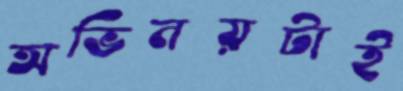
অভিনয়টাই